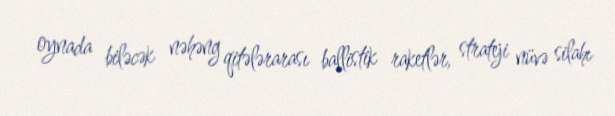
oynada biləcək nəhəng qitələrarası ballistik raketlər, strateji nüvə silahı